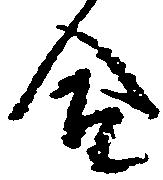
合